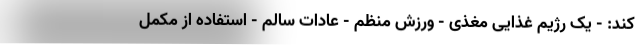
کند: - یک رژیم غذایی مغذی - ورزش منظم - عادات سالم - استفاده از مکمل